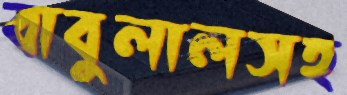
বাবুলালসহ